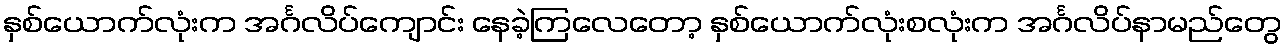
နှစ်ယောက်လုံးက အင်္ဂလိပ်ကျောင်း နေခဲ့ကြလေတော့ နှစ်ယောက်လုံးစလုံးက အင်္ဂလိပ်နာမည်တွေ